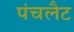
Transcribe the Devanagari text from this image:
पंचलैट